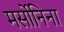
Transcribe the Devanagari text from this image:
मर्सोनिना